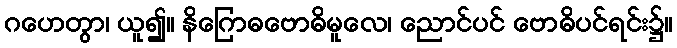
ဂဟေတွာ၊ ယူ၍။ နိဂြောဓဗောဓိမူလေ၊ ညောင်ပင် ဗောဓိပင်ရင်း၌။